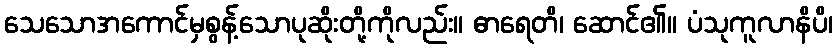
သေသောအကောင်မှစွန့်သောပုဆိုးတို့ကိုလည်း။ ဓာရေတိ၊ ဆောင်၏။ ပံသုကူလာနိပိ၊